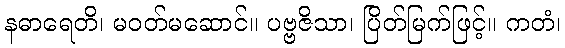
နဓာရေတိ၊ မဝတ်မဆောင်။ ပဗ္ဗဇိသာ၊ ပြိတ်မြက်ဖြင့်။ ကတံ၊